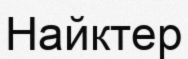
Найктер